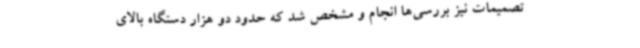
تصمیمات نیز بررسی‌ها انجام و مشخص شد که حدود دو هزار دستگاه بالای